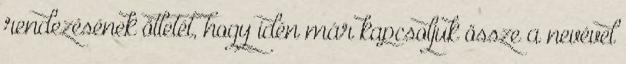
rendezésének ötletét, hogy idén már kapcsoljuk össze a nevével